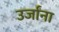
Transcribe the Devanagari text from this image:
उर्जांना